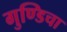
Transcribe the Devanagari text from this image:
गुण्डिचा